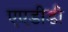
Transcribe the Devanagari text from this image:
एएडीडी